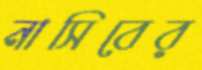
নাসিবের